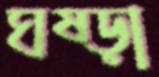
ঘষ্‌ড়া